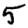
Digit: 5